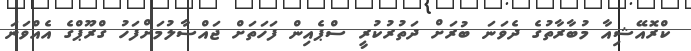
ކްރޮއޭޝިއާ މުބާރާތުގެ ދެވަނަ ބުރަށް ދަތުރުކުރީ ސްޕެއިން ފަހަތަށް ޖައްސާލުމަށްފަހު ގްރޫޕްގެ އެއްވަނަ